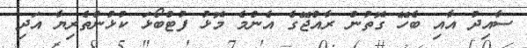
ސާއިދު އާއި ބެހޭ ގޮތުން ރާއްޖޭގެ އެންމެ މޮޅު ފުޓްބޯޅަ ކުޅުންތެރިޔާ އަދި